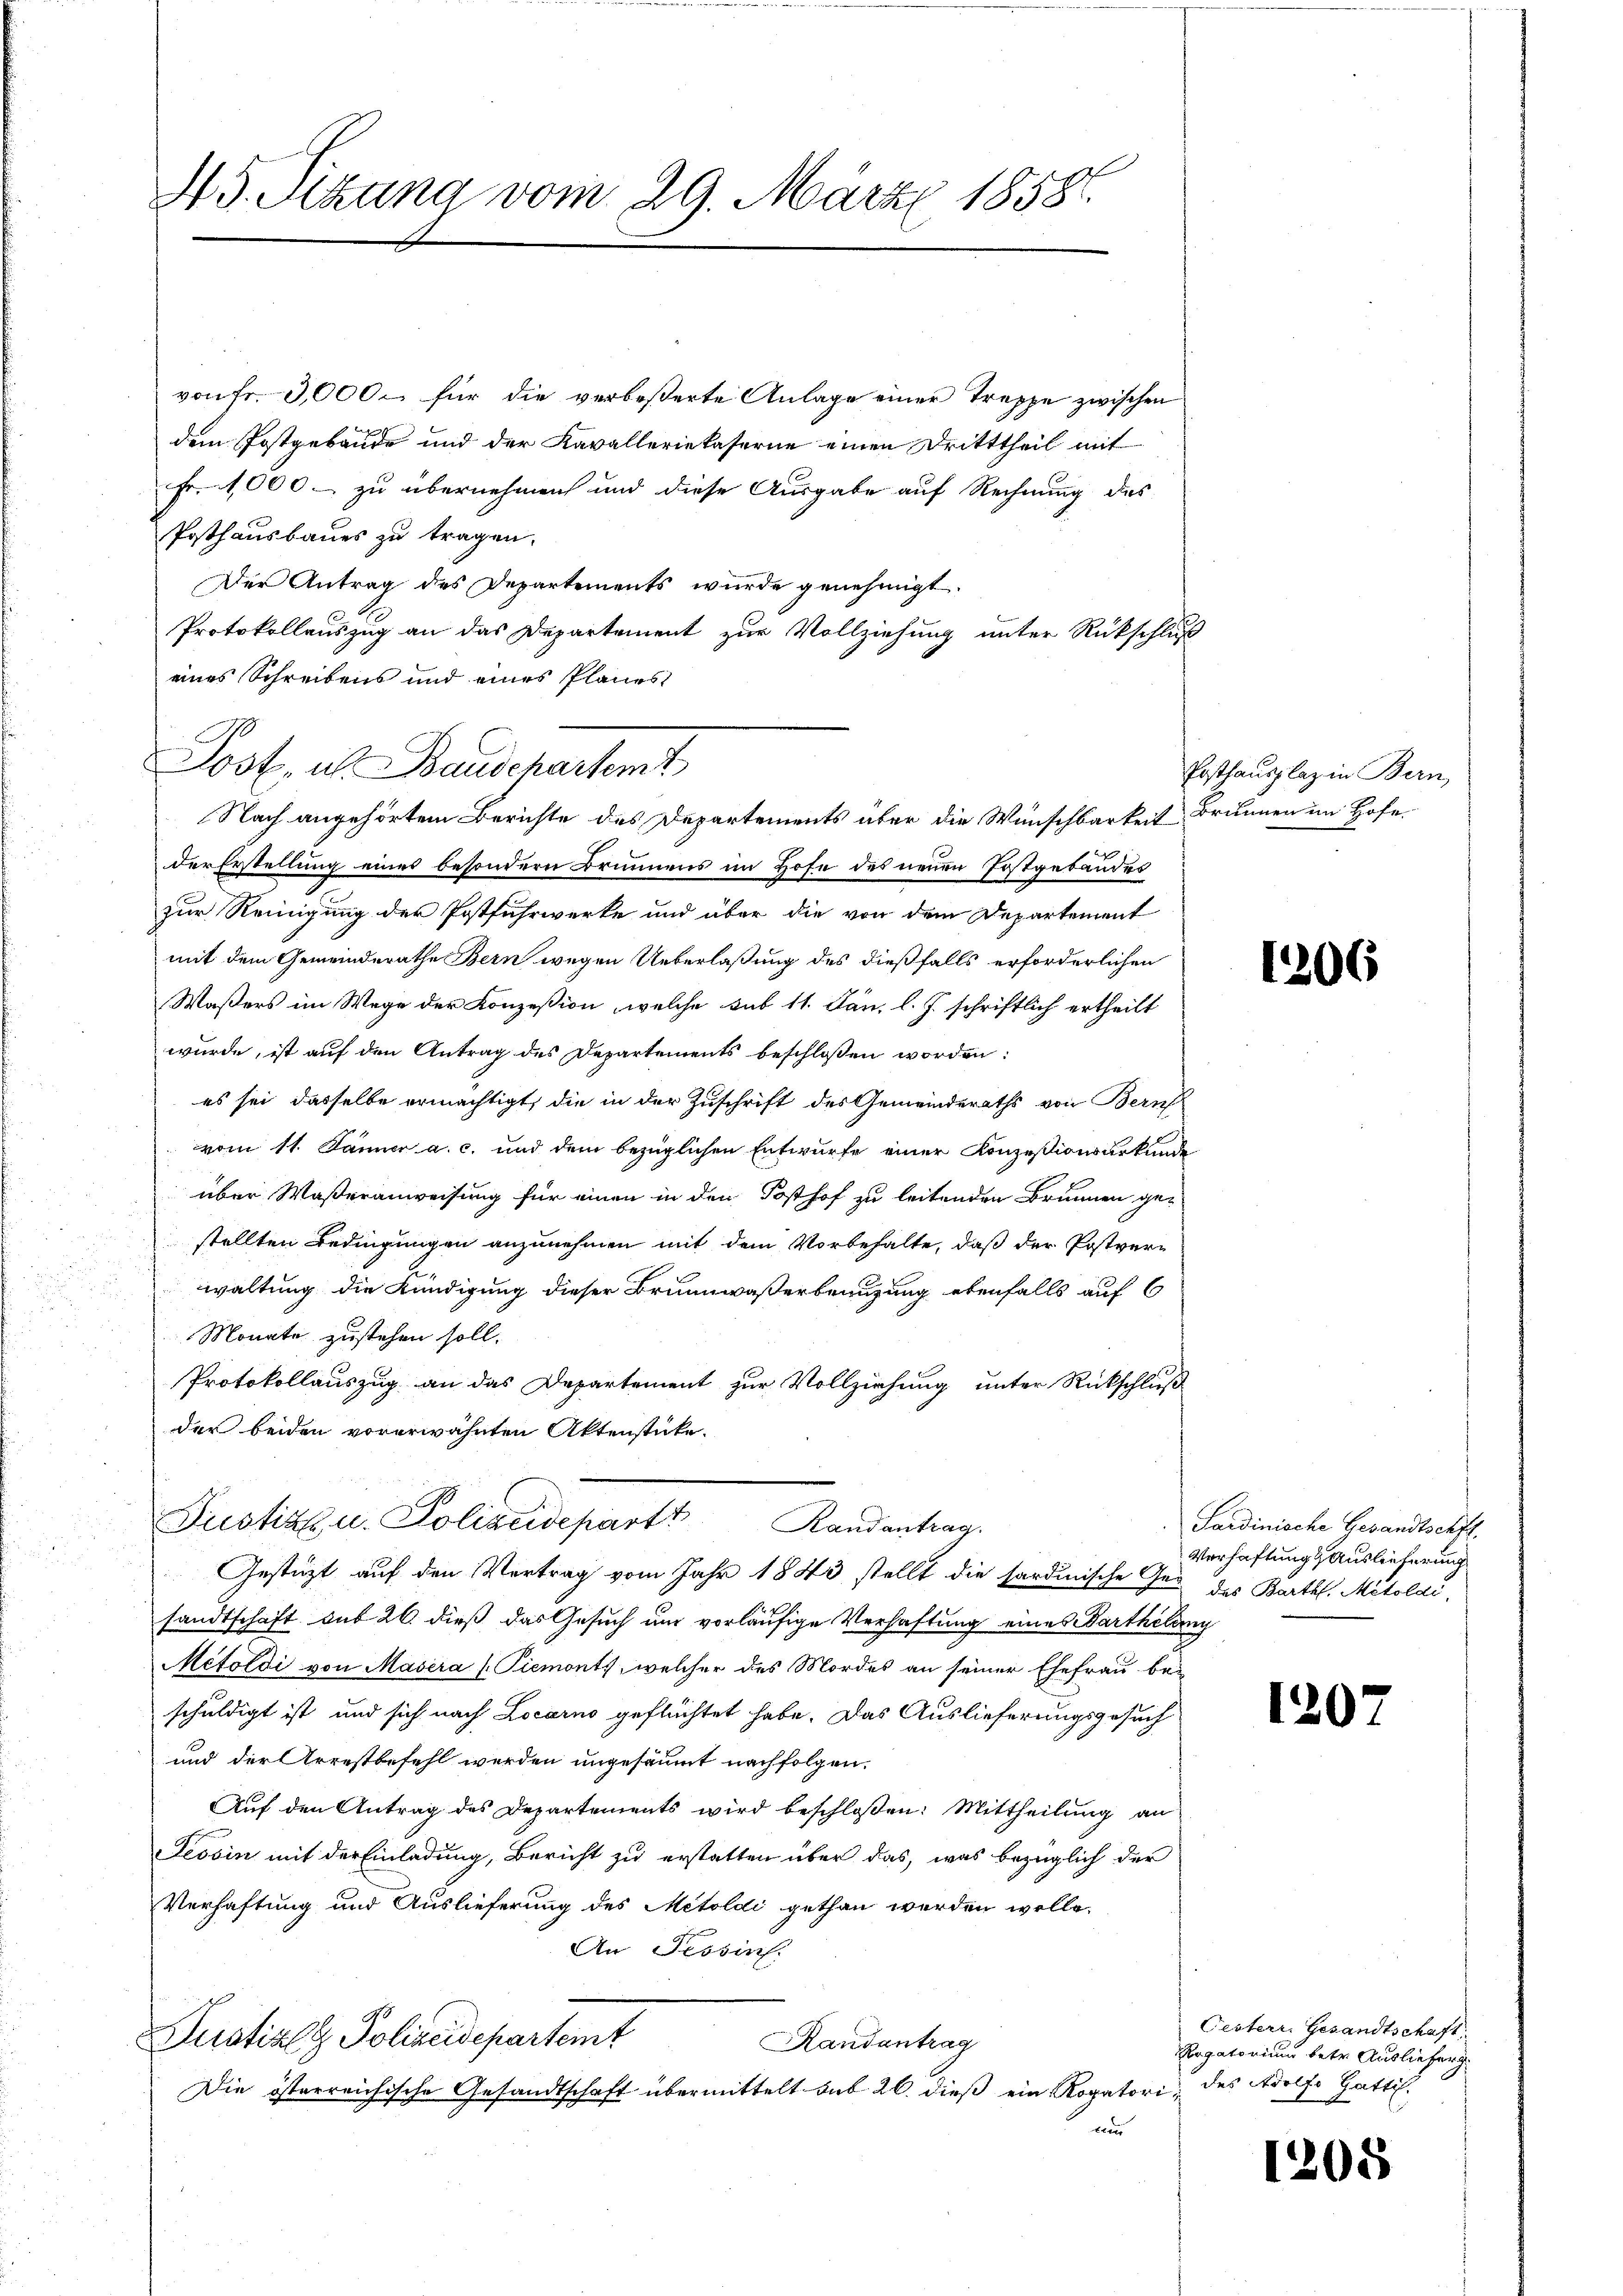
von fr. 3000 – für die verbeßerte Anlage einer Treppe zwischen
dem Postgebäude und der Kavalleriekaserne einen Dritttheil mit
Fr. 1000 - zu übernehmen und diese Ausgabe auf Rechnung des
Posthausbaues zu tragen.
Der Antrag des Departements wurde genehmigt.
Protokollauszug an das Departement zur Vollziehung unter Rückschluß
eines Schreibens und eines Planes

NS. Sitzung vom 29. März 1858.

der Erstellung eines besondern Brunnens im Hofe des neuen Postgebäudes
zur Reinigung der Postfuhrwerke und über die von dem Departement
mit dem Gemeinderathe Bern wegen Ueberlaßung des dießfalls erforderlichen
Waßers im Wege der Konzession, welche sub 11. Jan. l. J. schriftlich ertheilt
wurde, ist auf den Antrag des Departements beschlossen worden:
es sei dasselbe ermächtigt, die in der Zuschrift des Gemeinderaths von Bern
vom 11. Jänner a. c. und dem bezüglichen Entwurfe einer Konzesionsurkunde
über Waßeranweisung für einen in den Posthof zu leitenden Brunnen gestellten Bedingungen anzunehmen mit dem Vorbehalte, daß der Postverwaltung die Kündigung dieser Brunnwaßerbenuzung ebenfalls auf 6
Monate zustehen soll.
Protokollauszug an das Departement zur Vollziehung unter Rückschluß
der beiden vorerwähnten Aktenstücke.
Justiz u. Polizeidepart Randantrag.
Gestützt auf den Vertrag vom Jahr 1843 stellt die sardinische Ge-
sandtschaft sub 26. dieß das Gesuch um vorläufige Verhaftung eines Bartheilung
Mefoldi von Masera /: Piemonts, welcher des Mordes an seiner Ehefrau be-
schuldigt ist und sich nach Locarno geflüchtet habe. Das Auslieferungsgesuch
und der Arrestbefehl werden ungesäumt nachfolgen.
Auf den Antrag des Departements wird beschloßen: Mittheilung an
Tessin mit der Einladung, Bericht zu erstatten über das, was bezüglich der
Verhaftung und Auslieferung des Metoldi gethan werden wolle.
An Tessin.
Justiz & Polizeidepartemt
Randantrag
Die österreichische Gesandtschaft übermittelt sub 26. dieß ein Rogatori, des Adolf Gattis.
ten

Jost, als Baudepartemt
Nach angehörtem Berichte des Departements über die Wünschbarkeit Brunnen im Hofe

Posthausplaz in Bern,

1206

Sardinische Gesandtschft,
Verhaftung & Auslieferung
des Barthl. Metoldi,

120

Pesterr. Gesandtschaft.
Rogatorium betr. Auslieferg

1208